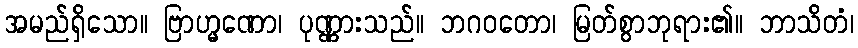
အမည်ရှိသော။ ဗြာဟ္မဏော၊ ပုဏ္ဏားသည်။ ဘဂဝတော၊ မြတ်စွာဘုရား၏။ ဘာသိတံ၊